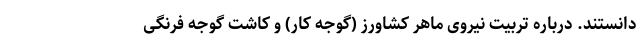
‌دانستند. درباره تربیت نیروی ماهر کشاورز (گوجه کار) و کاشت گوجه فرنگی